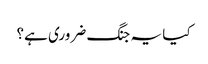
کیا یہ جنگ ضروری ہے؟